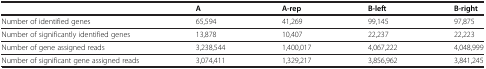
<table><thead><tr><td><b> </b></td><td><b>A</b></td><td><b>A-rep</b></td><td><b>B-left</b></td><td><b>B-right</b></td></tr></thead><tbody><tr><td>Number of identified genes</td><td>65,594</td><td>41,269</td><td>99,145</td><td>97,875</td></tr><tr><td>Number of significantly identified genes</td><td>13,878</td><td>10,407</td><td>22,237</td><td>22,223</td></tr><tr><td>Number of gene assigned reads</td><td>3,238,544</td><td>1,400,017</td><td>4,067,222</td><td>4,048,999</td></tr><tr><td>Number of significant gene assigned reads</td><td>3,074,411</td><td>1,329,217</td><td>3,856,962</td><td>3,841,245</td></tr></tbody></table>